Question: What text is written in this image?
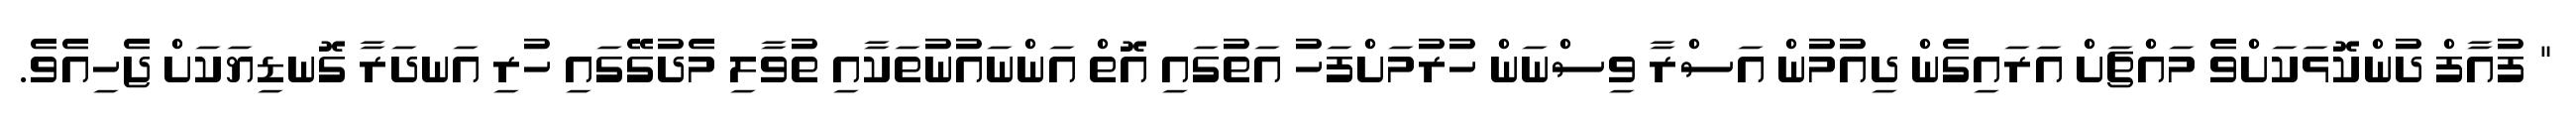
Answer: " ފުއާފް ދުންކޮޅަކަށްވެ މައްޗަށް އަރައިގެން ދިއުމުން އަސްރާ ވިސްނަން ހުރުމަށްފަހު އަތުގައި އޮތް އަންނައުނުތަކާއި ތުވާލި މެދުގޭގައި ހުރި އަނދަރާ ގޮނޑިޔަކަށް ޖެހިއެވެ.